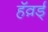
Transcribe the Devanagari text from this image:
हॅव़र्ड्